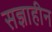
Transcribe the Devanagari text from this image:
सज्ञाहीन